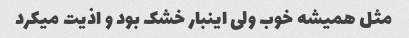
مثل همیشه خوب ولی اینبار خشک بود و اذیت میکرد